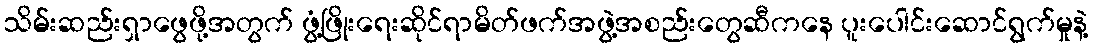
သိမ်းဆည်းရှာဖွေဖို့အတွက် ဖွံ့ဖြိုးရေးဆိုင်ရာမိတ်ဖက်အဖွဲ့အစည်းတွေဆီကနေ ပူးပေါင်းဆောင်ရွက်မှုနဲ့